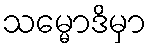
သမ္မောဒိမှာ